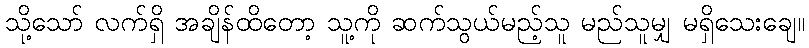
သို့သော် လက်ရှိ အချိန်ထိတော့ သူ့ကို ဆက်သွယ်မည့်သူ မည်သူမျှ မရှိသေးချေ။